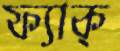
ফ্যাক্